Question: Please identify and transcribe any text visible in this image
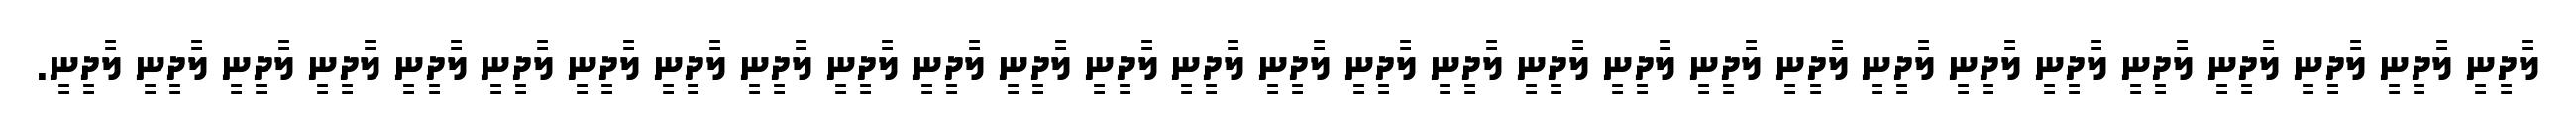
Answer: ލާދީނީ ލާދީނީ ލާދީނީ ލާދީނީ ލާދީނީ ލާދީނީ ލާދީނީ ލާދީނީ ލާދީނީ ލާދީނީ ލާދީނީ ލާދީނީ ލާދީނީ ލާދީނީ ލާދީނީ ލާދީނީ ލާދީނީ ލާދީނީ ލާދީނީ ލާދީނީ ލާދީނީ ލާދީނީ ލާދީނީ ލާދީނީ ލާދީނީ ލާދީނީ ލާދީނީ ލާދީނީ ލާދީނީ.